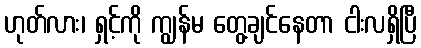
ဟုတ်လား၊ ရှင့်ကို ကျွန်မ တွေ့ချင်နေတာ ငါးလရှိပြီ